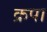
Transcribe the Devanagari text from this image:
क्रपा